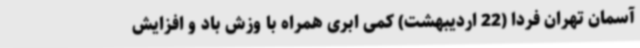
آسمان تهران فردا (22 اردیبهشت) کمی ابری همراه با وزش باد و افزایش